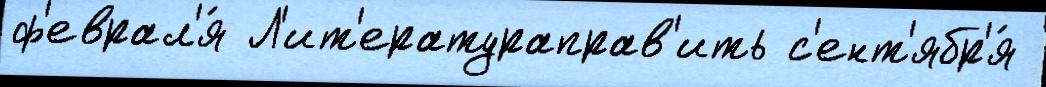
ф'еврал'я́ Л'ит'ератураправ'ить с'ент'ябр'я́